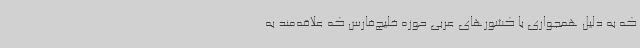
که به دلیل همجواری با کشورهای عربی حوزه خلیج‌فارس که علاقه‌مند به